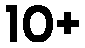
10+